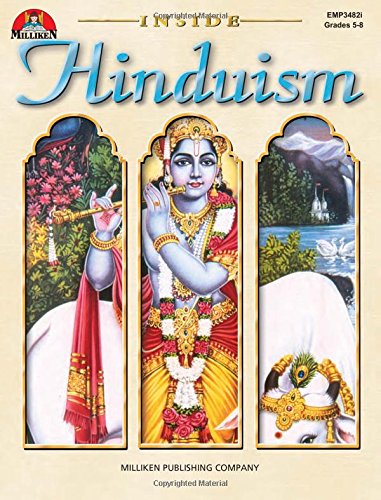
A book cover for Inside Hinduism; Walter Hazen; Religion & Spirituality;